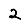
Digit: 2